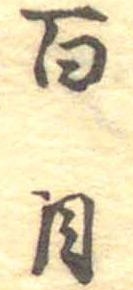
百目